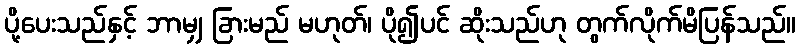
ပို့ပေးသည်နှင့် ဘာမျှ ခြားမည် မဟုတ်၊ ပို၍ပင် ဆိုးသည်ဟု တွက်လိုက်မိပြန်သည်။